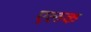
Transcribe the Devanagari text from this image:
एलक